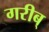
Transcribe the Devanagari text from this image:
गरीब्